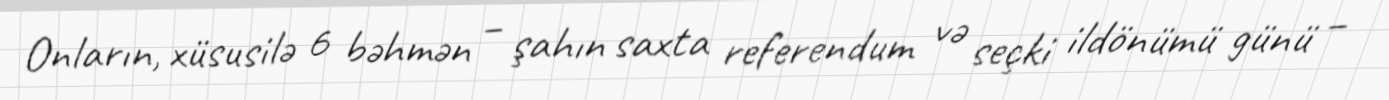
Onların, xüsusilə 6 bəhmən – şahın saxta referendum və seçki ildönümü günü –